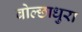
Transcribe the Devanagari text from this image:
बोल्छाधुरा